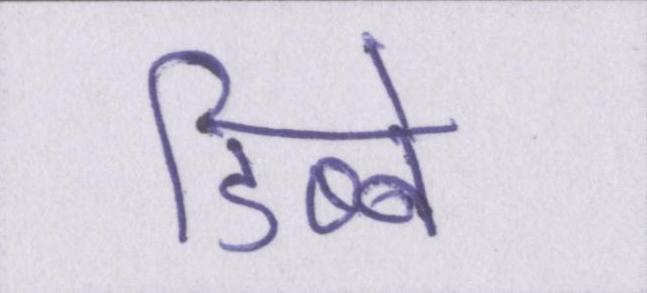
डिब्बे